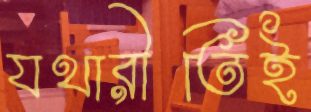
যথারীতিই